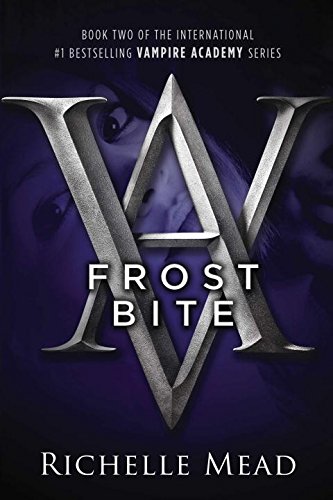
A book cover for Frostbite; Richelle Mead; Teen & Young Adult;